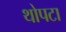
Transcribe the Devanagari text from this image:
थोपटा